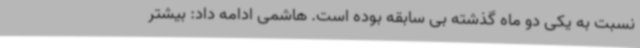
نسبت به یکی دو ماه گذشته بی سابقه بوده است. هاشمی ادامه داد: بیشتر